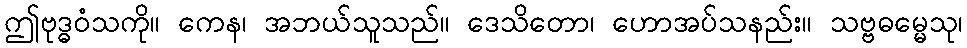
ဤဗုဒ္ဓဝံသကို။ ကေန၊ အဘယ်သူသည်။ ဒေသိတော၊ ဟောအပ်သနည်း။ သဗ္ဗဓမ္မေသု၊